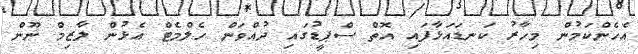
އެހެންކަމުން މިހާރު ކަނޑައަޅާފައި އޮތް ސްޕީޑުގައި ދުއްވަން ހެލްމެޓް އެޅުން ލާޒިމް ނޫން